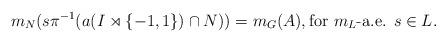
LaTeX: \begin{align*}m_N(s \pi^{-1}(a(I \rtimes \{-1,1\}) \cap N)) = m_G(A), \textrm{for $m_L$-a.e. $s \in L$}.\end{align*}